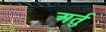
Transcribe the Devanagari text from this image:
अर्तु